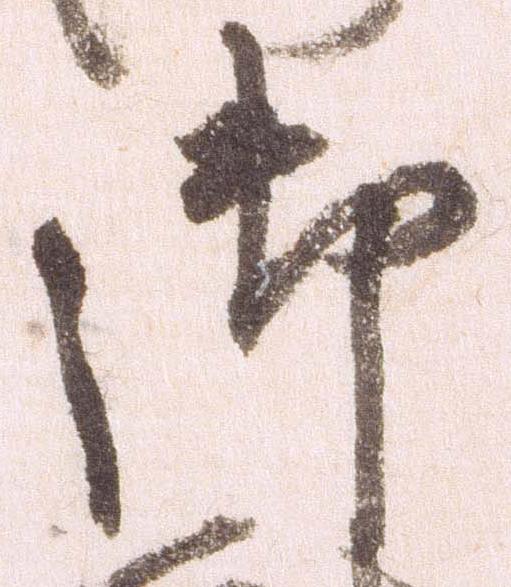
御